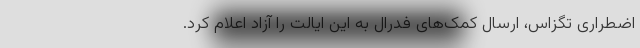
اضطراری تگزاس، ارسال کمک‌های فدرال به این ایالت را آزاد اعلام کرد.